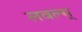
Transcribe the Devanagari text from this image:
लवल्स्